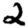
Digit: 2